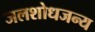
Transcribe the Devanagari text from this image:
जलशोधजन्य